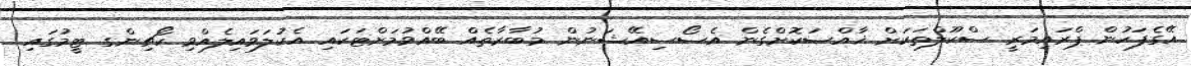
އޭގެފަހުން ޕްރައިމަރީ ސްކޫލްތަކަށް ޚާއްޞަކޮށްގެން އެސޯސިއޭޝަނުން މުބާރާތެއް ބޭއްވުމަށްޓަކައި އެކުލަވައިލެއްވި ކޯޗިންގ ޓީމުގައި